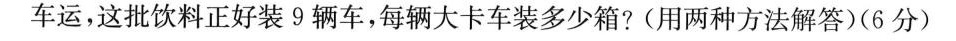
车运，这批饮料正好装9辆车，每辆大卡车装多少箱?(用两种方法解答)(6分)